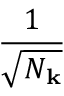
\frac { 1 } { \sqrt { N _ { \mathbf k } } }